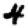
Digit: 4